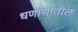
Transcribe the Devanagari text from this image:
धणांणातील